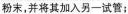
粉末，并将其加入另-试管；